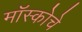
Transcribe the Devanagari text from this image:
मॉस्कोचे